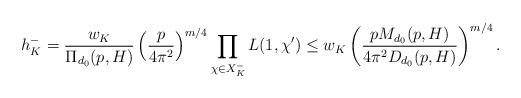
LaTeX: \begin{align*}h_K^-=\frac{w_K}{\Pi_{d_0}(p,H)}\left (\frac{p}{4\pi^2}\right )^{m/4}\prod_{\chi\in X_K^-}L(1,\chi')\leq w_K\left (\frac{pM_{d_0}(p,H)}{4\pi^2D_{d_0}(p,H)}\right )^{m/4}.\end{align*}